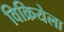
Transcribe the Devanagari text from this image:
विक्रियेला